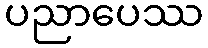
ပညာပေဿ